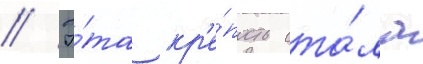
// Э́та кр'е́пость ста́ла